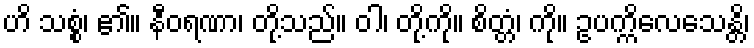
ဟိ သစ္စံ၊ ၏။ နီဝရဏာ၊ တို့သည်။ ဝါ၊ တို့ကို။ စိတ္တံ၊ ကို။ ဥပက္ကိလေသေန္တိ၊